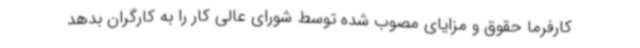
کارفرما حقوق و مزایای مصوب شده توسط شورای عالی کار را به کارگران بدهد